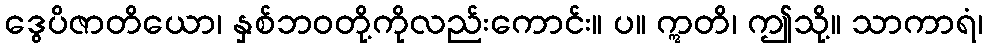
ဒွေပိဇာတိယော၊ နှစ်ဘဝတို့ကိုလည်းကောင်း။ ပ။ ဣတိ၊ ဤသို့။ သာကာရံ၊